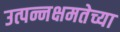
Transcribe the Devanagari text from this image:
उत्पन्नक्षमतेच्या